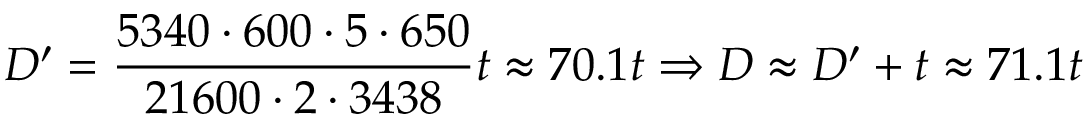
D ^ { \prime } = { \frac { 5 3 4 0 \cdot 6 0 0 \cdot 5 \cdot 6 5 0 } { 2 1 6 0 0 \cdot 2 \cdot 3 4 3 8 } } t \approx 7 0 . 1 t \Rightarrow D \approx D ^ { \prime } + t \approx 7 1 . 1 t